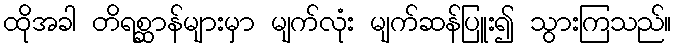
ထိုအခါ တိရစ္ဆာန်များမှာ မျက်လုံး မျက်ဆန်ပြူး၍ သွားကြသည်။